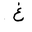
Letter: _gayn